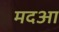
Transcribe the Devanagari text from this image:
मदआ